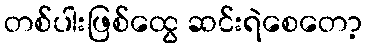
တစ်ပါးဖြစ်ထွေ ဆင်းရဲစေတော့